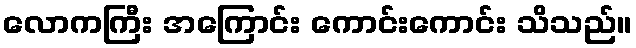
လောကကြီး အကြောင်း ကောင်းကောင်း သိသည်။